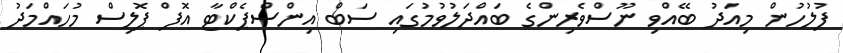
ފުލުހުން މިއަދު ބޭއްވި ނޫސްވެރިންގެ ބައްދަލުވުމުގައި ސަބް އިންސްޕެކްޓާ އޮފް ޕޮލިސް މުހައްމަދު